Report on vaccination in Madras 1895-1903 - 1895-1903
Year: 1895
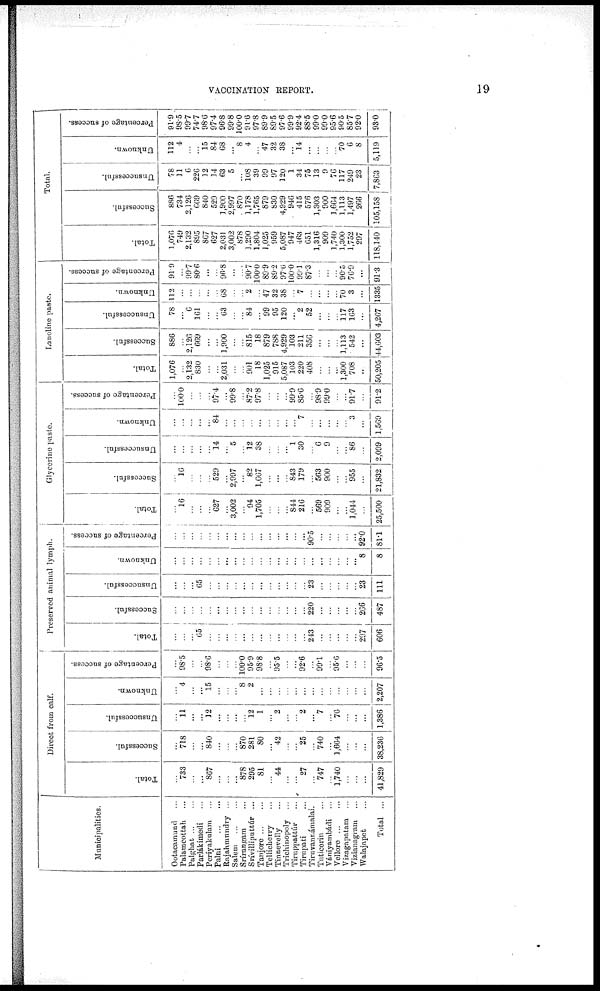
VACCINATION REPORT.
19
Municipalities.
Ootacamund ...
Palamcottah ...
Palghat ... ...
Parlákimedi ...
Periyakulam ...
Palni
...
...
Rajahmundry ...
Salem
...
...
Srírangam ...
Srívilliputtúr ...
Tanjore ... ...
Tellicherry ...
Tinnerelly ...
Triehinopoly ...
Tiruppattúr ...
Tirupati ...
Tiruvannámalai.
Tuticorin ...
Vániyambádi ...
Vellore ... ...
Vizagapatam ...
Vizianagram ...
Walajapet ...
Total ...
Direct from calf.
Total.
...
733
...
...
867
...
...
...
878
295
81
...
44
...
...
27
...
747
...
1,740
...
...
...
41,829
Successful.
...
718
...
...
840
...
...
...
870
281
80
...
42
...
...
25
...
740
...
1,664
...
...
...
38,236
Unsuccessful.
...
11
...
...
12
...
...
...
...
12
1
...
2
...
...
2
...
7
...
76
...
...
...
1,386
Unknown.
...
4
...
...
15
...
...
...
8
2
...
...
...
...
...
...
...
...
...
...
...
...
...
2,207
Percentage of success.
...
98.5
...
...
98.6
...
...
...
100.0
95.9
98.8
...
95.5
...
...
92.6
...
99.1
...
95.6
...
...
...
96.5
Preserved animal lymph.
Total.
...
...
...
65
...
...
...
...
...
...
...
...
...
...
...
...
243
...
...
...
...
...
297
606
Successful.
...
...
...
...
...
...
...
...
...
...
...
...
...
...
...
...
220
...
...
...
...
...
266
487
Unsuccessful.
...
...
...
65
...
...
...
...
...
...
...
...
...
...
...
...
23
...
...
...
...
...
23
111
Unknown.
...
...
...
...
...
...
...
...
...
...
...
...
...
...
...
...
...
...
...
...
...
...
8
8
Percentage of success.
...
...
...
...
...
...
...
...
...
...
...
...
...
...
...
...
90.5
...
...
...
...
...
92.0
81.1
Glycerine paste.
Total.
...
16
...
...
...
627
...
3,002
...
94
1,705
...
...
...
844
216
...
569
909
...
...
1,044
...
25,500
Successful.
...
16
...
...
...
529
...
2,997
...
82
1,667
...
...
...
843
179
...
563
900
...
...
955
...
21,832
Unsuccessful.
...
...
...
...
...
14
...
5
...
12
38
...
...
...
1
30
...
6
9
...
...
86
...
2,099
Unknown.
...
...
...
...
...
84
...
...
...
...
...
...
...
...
...
7
...
...
...
...
...
3
...
1,569
Percentage of success.
...
100.0
...
...
...
97.4
...
99.8
...
87.2
97.8
...
...
...
99.9
85.6
...
98.9
99.0
...
...
91.7
...
91.2
Lanoline paste.
Total.
1,076
...
2,132
830
...
...
2,031
...
...
901
18
1,025
915
5,087
103
220
408
...
...
...
1,300
708
...
50,205
Successful.
886
...
2,126
669
...
...
1,900
...
...
815
18
879
788
4,929
103
211
356
...
...
...
1,113
542
...
44,603
Unsuccessful.
78
...
6
161
...
...
63
...
...
84
...
99
95
120
...
2
52
...
...
...
117
163
...
4,267
Unknown.
112
...
...
...
...
...
68
...
...
2
...
47
32
38
...
7
...
...
...
...
70
3
...
1335
Percentage of success.
91.9
...
99.7
80.6
...
...
96.8
...
...
90.7
100.0
89.9
89.2
97.6
100.0
99.1
87.3
...
...
...
90.5
76.9
...
91.3
Total.
Total.
1,076
749
2,132
895
867
627
2,031
3,002
878
1,290
1,804
1,025
959
5,087
947
463
651
1,316
909
1,740
1,300
1,752
297
118,140
Successful.
886
734
2,126
669
840
529
1,900
2,997
870
1,178
1,765
879
830
4,929
946
415
576
1,303
900
1,664
1,113
1,497
266
105,158
Unsuccessful.
78
11
6
226
12
14
63
5
...
108
39
99
97
120
1
34
75
13
9
76
117
249
23
7,863
Unknown.
112
4
...
...
15
84
68
...
8
4
...
47
32
38
...
14
...
...
...
...
70
6
8
5,119
Percentage of success.
91.9
98.5
99.7
74.7
98.0
97.4
96.8
99.8
100.0
91.6
97.8
89.9
89.5
97.6
99.9
92.4
88.5
99.0
99.0
95.6
90.5
85.7
92.0
93.0